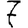
Digit: 7